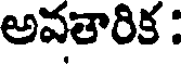
అవతారిక :